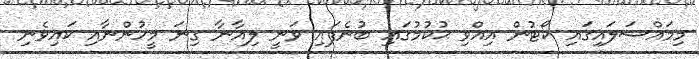
މިމައްސަލައިގައި ކޯޓުން އިއްވި ޙުކުމުގައި ބުނެފައި ވަނީ ލިއާނާ ގިނަ މީހުންނާއި ކައިވެނި